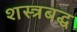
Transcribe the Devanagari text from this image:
शस्त्रबद्ध